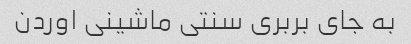
به جای بربری سنتی ماشینی اوردن